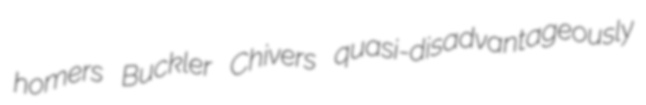
homers Buckler Chivers quasi-disadvantageously